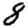
Digit: 8